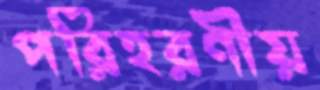
পরিহরণীয়